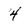
Character: 4